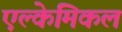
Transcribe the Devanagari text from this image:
एल्केमिकल